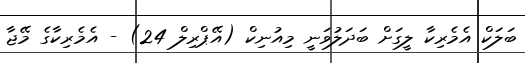
ބަލަކް އެމެރިކާ ލީގަށް ބަދަލުވަނީ މިއުނިކް (އޭޕްރިލް 24) - އެމެރިކާގެ މޭޖާ